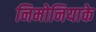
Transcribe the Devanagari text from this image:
निमोनियाके